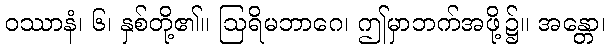
ဝဿာနံ၊ ၆၊ နှစ်တို့၏။ ဩရိမဘာဂေ၊ ဤမှာဘက်အဖို့၌။ အန္တော၊